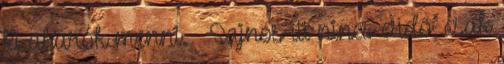
ki akarok menni. ☺ Sajnos itt nincs erdő, csak